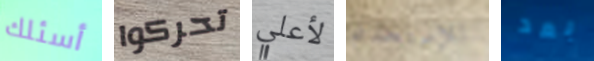
أسئلك تحركوا لأعلي للإستخدام بعد